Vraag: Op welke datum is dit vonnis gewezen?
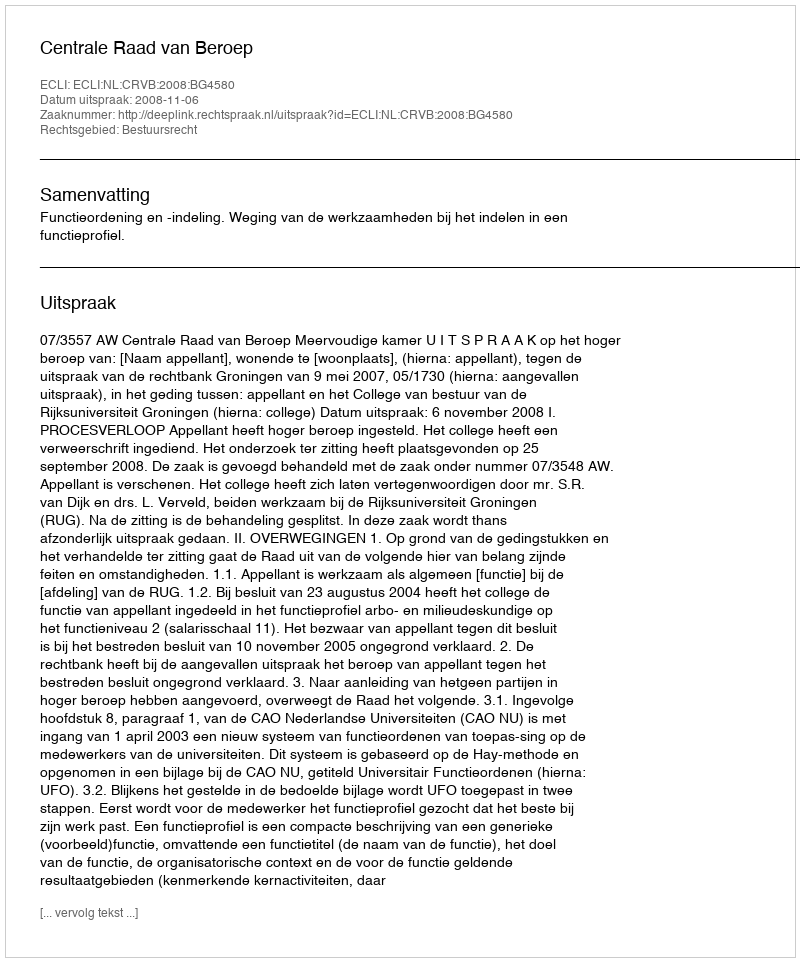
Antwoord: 2008-11-06